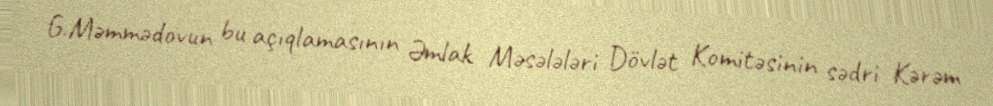
G.Məmmədovun bu açıqlamasının Əmlak Məsələləri Dövlət Komitəsinin sədri Kərəm